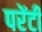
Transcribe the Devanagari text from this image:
परेंटी